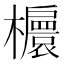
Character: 𣟴